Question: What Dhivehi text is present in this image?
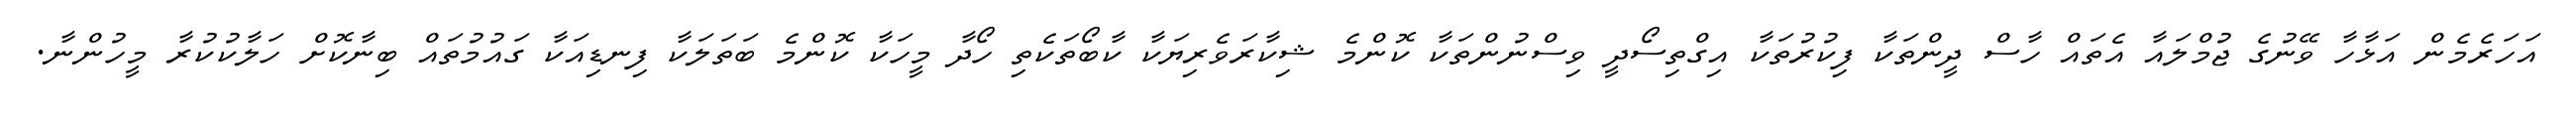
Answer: އަހަރެމެން އަޅާހާ ވޭނުގެ ޖުމްލައާ އެތައް ހާސް ދީންތަކާ ފިކުރުތަކާ އިގްތިސޯދީ ވިސްނުންތަކާ ކޮންމެ ޝިކާރަވެރިޔަކާ ކާބޯތަކެތި ހޯދާ މީހަކާ ކޮންމެ ބަތަލަކާ ފިނޑިއަކާ ގައުމުތައް ބިނާކޮށް ހަލާކުކުރާ މީހުންނާ.